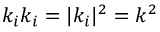
k _ { i } k _ { i } = | k _ { i } | ^ { 2 } = k ^ { 2 }